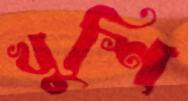
খুশি